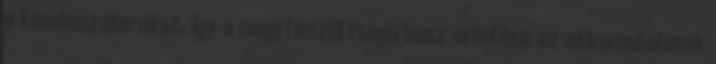
a kondenzátorokat. Így a nagyfeszültségű busz érintése az akkumulátorok